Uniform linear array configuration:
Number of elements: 16
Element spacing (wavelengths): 0.25
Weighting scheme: hamming
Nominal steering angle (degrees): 60
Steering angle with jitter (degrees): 59.918
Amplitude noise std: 0.05
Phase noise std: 0.05

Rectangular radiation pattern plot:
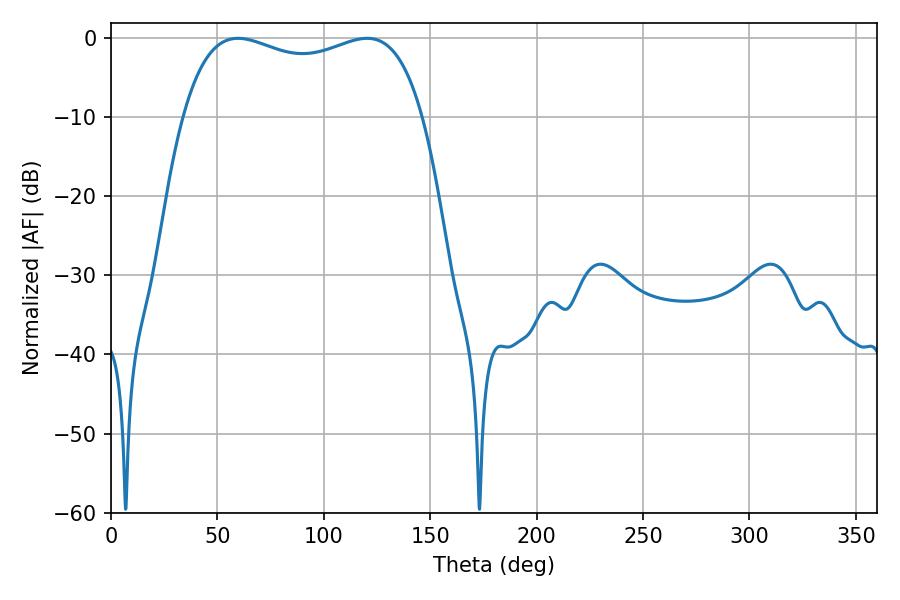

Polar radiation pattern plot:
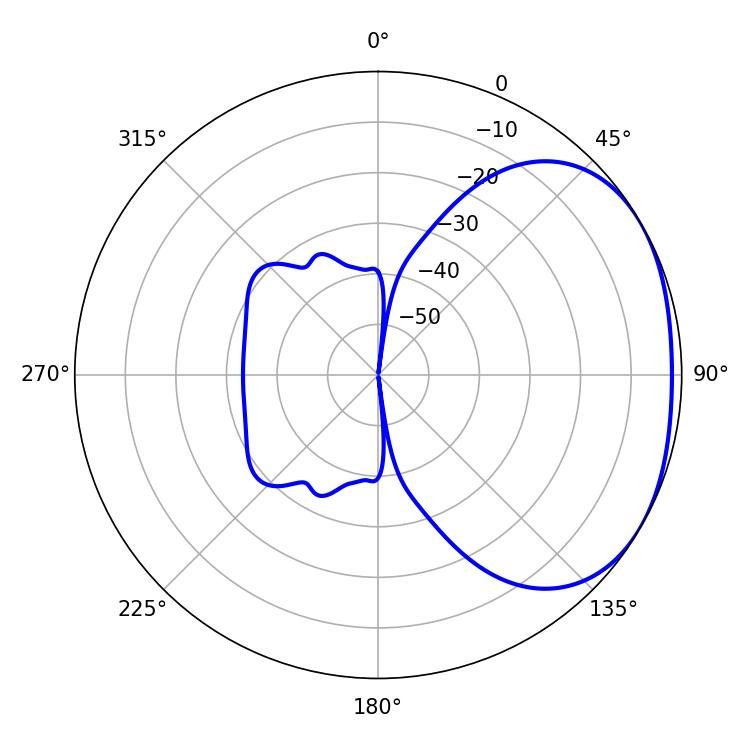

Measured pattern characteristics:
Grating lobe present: FALSE
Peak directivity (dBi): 2.102
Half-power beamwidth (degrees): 92.16
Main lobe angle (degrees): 59.58